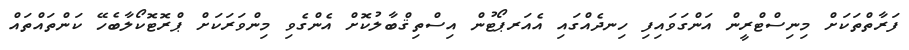
ފަރާތްތަކަށް މިނިސްޓްރީން އަންގަވައިފި ހިނދެއްގައި އެއަރޕޯޓުން އިސްތިޤްބާލުކޮށް އެންގެވި މިންވަރަކަށް ޕްރޮޓޮކޯލާބެހޭ ކަންތައްތައް